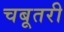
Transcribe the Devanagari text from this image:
चबूतरी